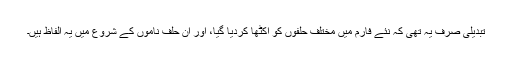
تبدیلی صرف یہ تھی کہ نئے فارم میں مختلف حلفوں کو اکٹھا کردیا گیا، اور ان حلف ناموں کے شروع میں یہ الفاظ ہیں۔